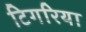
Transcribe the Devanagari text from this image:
टिगरिया